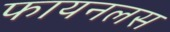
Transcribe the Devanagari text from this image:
फायनलस